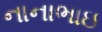
નાનાભાઇ